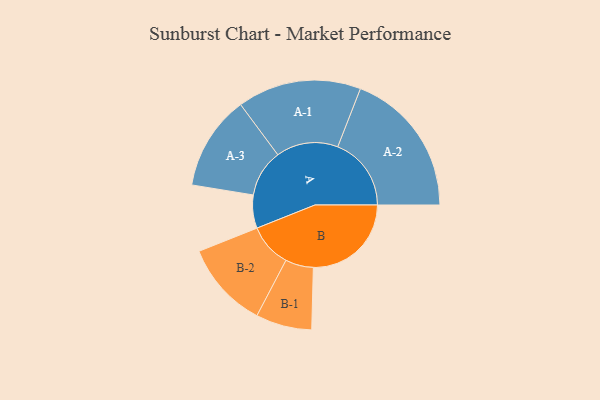
{"axis": {"x": "Segment", "y": "Value"}, "legend": ["", "A", "B"], "data": [{"x": "A", "y": 129, "type": ""}, {"x": "B", "y": 381, "type": ""}, {"x": "A-1", "y": 241, "type": "A"}, {"x": "A-2", "y": 286, "type": "A"}, {"x": "A-3", "y": 184, "type": "A"}, {"x": "B-1", "y": 109, "type": "B"}, {"x": "B-2", "y": 169, "type": "B"}]}